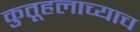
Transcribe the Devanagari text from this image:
कुतूहलाच्याच